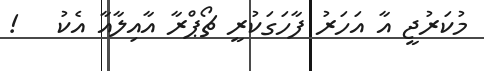
މުކަރުޖީ އާ އަހަރު ފާހަގަކުރީ ޗޯޕްރާ އާއިލާއާ އެކު   !